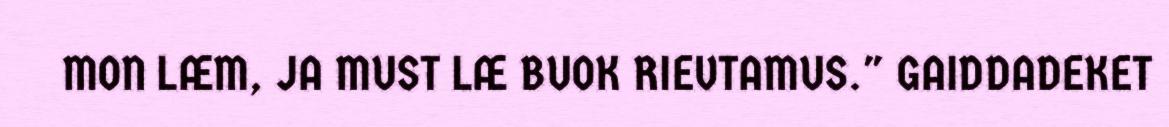
MON LÆM, JA MUST LÆ BUOK RIEVTAMUS." GAIDDADEKET